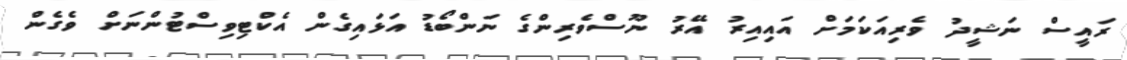
ރައީސް ނަޝީދު ވެރިއަކަމަށް އައިއިރު އޭރު ނޫސްވެރިންގެ ނަންބޯޑު އަޅައިގެން އެކްޓިވިސްޓުންނަށް ވެގެން